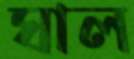
ঘাল